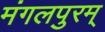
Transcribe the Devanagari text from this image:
मंगलपुरम्